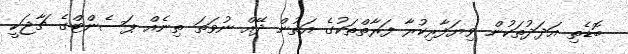
ބޮޑެތި އަދަދުތަކުން ވިޔަފާރިކުރާ ފަރާތްތަކުގެ އަތުން ދޭއް ނުވަތަ ތިނެއް ޕަސެންޓްގެ ޗާޖަކީ